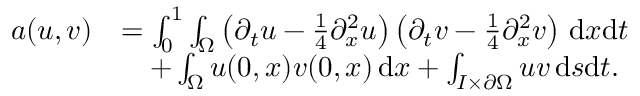
\begin{array} { r l } { a ( u , v ) } & { = \int _ { 0 } ^ { 1 } \int _ { \Omega } \left( \partial _ { t } u - \frac 1 4 \partial _ { x } ^ { 2 } u \right) \left( \partial _ { t } v - \frac 1 4 \partial _ { x } ^ { 2 } v \right) \, \mathrm d x \mathrm d t } \\ & { \quad + \int _ { \Omega } u ( 0 , x ) v ( 0 , x ) \, \mathrm d x + \int _ { I \times \partial \Omega } u v \, \mathrm d s \mathrm d t . } \end{array}